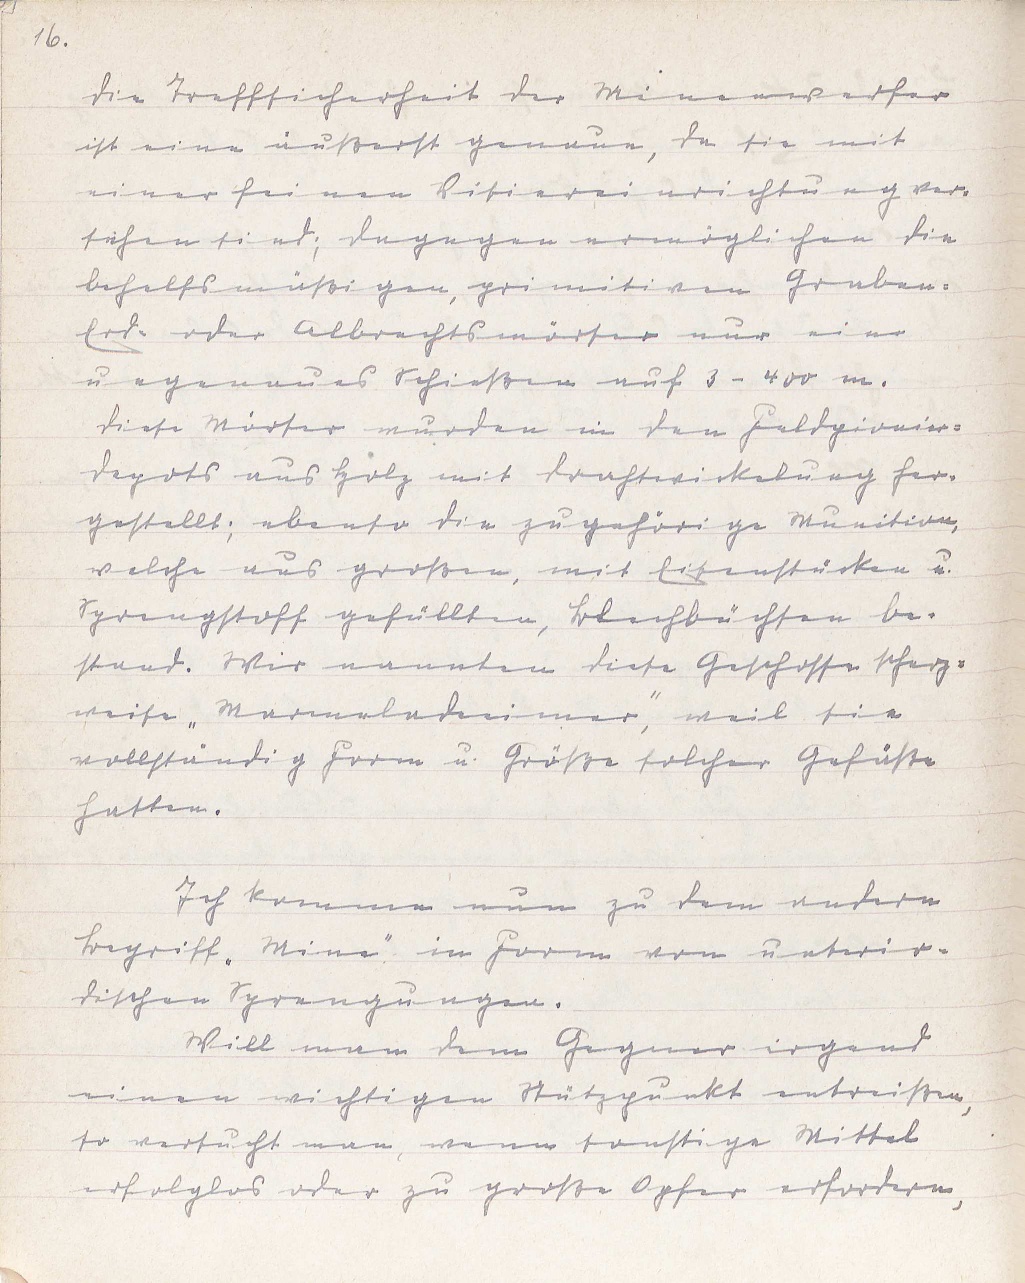
16.
Die Treffsicherheit der Minenwerfer
ist eine äußerst genaue, da die mit
einer feinen Visiereinrichtung ver¬
sehen sind; dagegen ermöglichen die
behelfsmäßigen, primitiven Graben-
Erd- oder Albrechtsmörser nur ein
ungenaues Schießen auf 3 - 400 m.
Diese Mörser wurden in den Feldpionier¬
depots aus Holz mit Drahtwickelung her¬
gestellt; ebenso die zugehörige Munition,
welche aus großen, mit Eisenstücken u.
Sprengstoff gefüllten, Blechbüchsen be¬
stand. Wir nannten diese Geschosse scherz¬
weise "Marmeladeeimer", weil sie
vollständig Form u. Größe solcher Gefäße
hatten.
Ich komme nun zu dem andern
Begriff "Mine" in Form von unterir¬
dischen Sprengungen.
Will man dem Gegner irgend
einen wichtigen Stützpunkt entreißen,
so versucht man, wenn sonstige Mittel
erfolglos oder zu große Opfer erfordern,